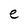
Character: e